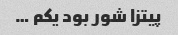
پیتزا شور بود یکم …